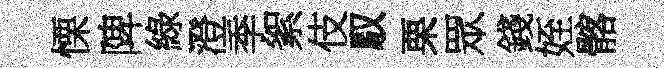
慄陴綠澄季絮伎馭栗眾錢姪髂